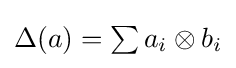
\Delta (a)=\textstyle \sum a_{i}\otimes b_{i}